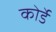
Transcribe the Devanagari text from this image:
कोर्डे